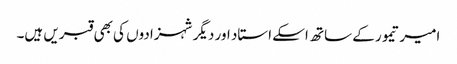
امیر تیمور کے ساتھ اسکے استاد اور دیگر شہزادوں کی بھی قبریں ہیں۔